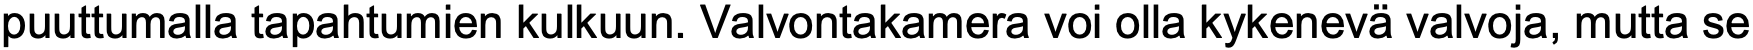
puuttumalla tapahtumien kulkuun. Valvontakamera voi olla kykenevä valvoja, mutta se